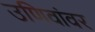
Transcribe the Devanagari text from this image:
उणिवांवर